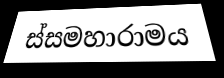
ස්සමහාරාමය